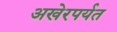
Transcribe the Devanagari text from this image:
अखेरपर्यत